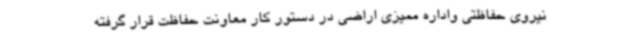
نیروی حفاظتی واداره ممیزی اراضی در دستور کار معاونت حفاظت قرار گرفته